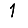
Digit: 1